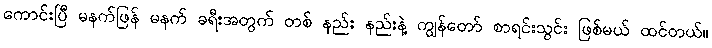
ကောင်းပြီ မနက်ဖြန် မနက် ခရီးအတွက် တစ် နည်း နည်းနဲ့ ကျွန်တော် စာရင်းသွင်း ဖြစ်မယ် ထင်တယ်။